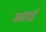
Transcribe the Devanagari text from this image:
काताई